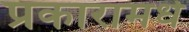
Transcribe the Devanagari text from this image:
प्रकारामधे